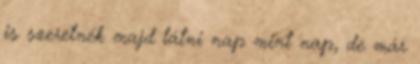
is szeretnék majd látni nap mint nap, de már